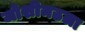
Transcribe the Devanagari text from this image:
जोशीमठला